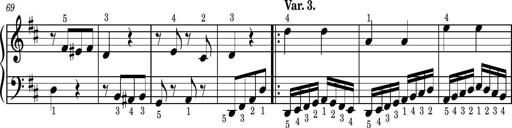
Title: Easy Progressive Lessons and 4 Sonatinas
Composer: Thomas Attwood